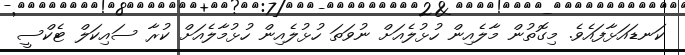
ކަނޑައަޅާފައެވެ. މިގޮތުން މާލެއިން ހުޅުލެއަށް ނުވަތަ ހުޅުލެއިން ހުޅުމާލެއަށް ކުރާ ސައިކަލް ޓެކްސީ